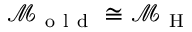
\mathcal { M } _ { \mathrm { ~ o ~ l ~ d ~ } } \cong \mathcal { M } _ { \mathrm { ~ H ~ } }